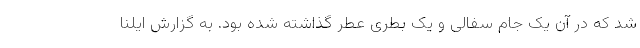
شد که در آن یک جام سفالی و یک بطری عطر گذاشته شده بود. به گزارش ایلنا